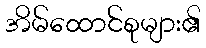
အိမ်ထောင်စုများ၏